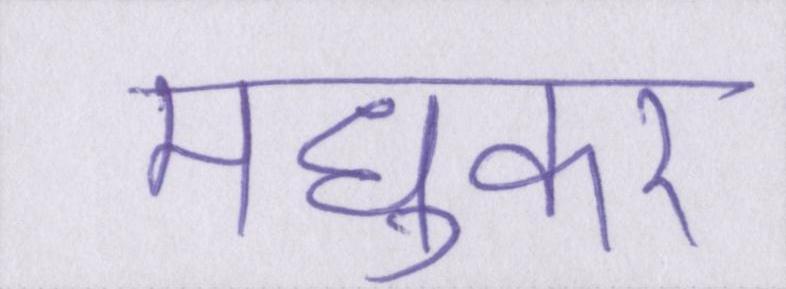
मधुकर